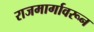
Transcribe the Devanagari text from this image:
राजमार्गावरून